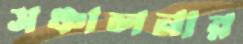
সঞ্চালনার